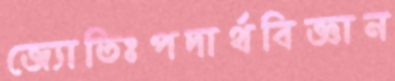
জ্যোতিঃপদার্থবিজ্ঞান